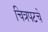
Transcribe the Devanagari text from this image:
चित्रपटचे